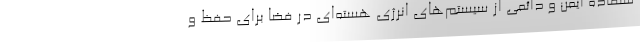
ستفاده ایمن و دائمی از سیستم‌های انرژی هسته‌ای در فضا برای حفظ و